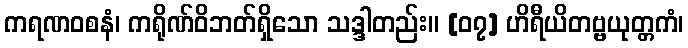
ကရဏဝစနံ၊ ကရိုဏ်ဝိဘတ်ရှိသော သဒ္ဒါတည်း။ [၀၇] ဟိရီယိတဗ္ဗယုတ္တကံ၊